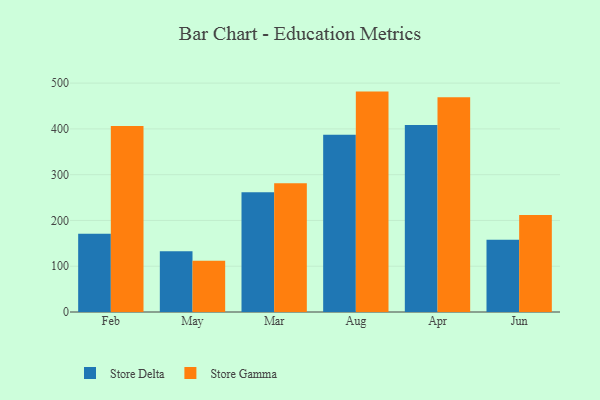
{"axis": {"x": "Month", "y": "Headcount"}, "legend": ["Store Delta", "Store Gamma"], "data": [{"x": "Feb", "y": 170.9, "type": "Store Delta"}, {"x": "Feb", "y": 406.1, "type": "Store Gamma"}, {"x": "May", "y": 132.9, "type": "Store Delta"}, {"x": "May", "y": 111.7, "type": "Store Gamma"}, {"x": "Mar", "y": 261.7, "type": "Store Delta"}, {"x": "Mar", "y": 281.5, "type": "Store Gamma"}, {"x": "Aug", "y": 387.5, "type": "Store Delta"}, {"x": "Aug", "y": 481.5, "type": "Store Gamma"}, {"x": "Apr", "y": 408.4, "type": "Store Delta"}, {"x": "Apr", "y": 469.3, "type": "Store Gamma"}, {"x": "Jun", "y": 158.1, "type": "Store Delta"}, {"x": "Jun", "y": 212.1, "type": "Store Gamma"}]}